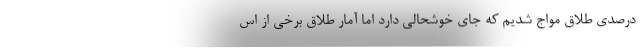
درصدی طلاق مواج شدیم که جای خوشحالی دارد اما آمار طلاق برخی از اس